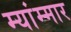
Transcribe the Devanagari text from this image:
म्यांम्मार